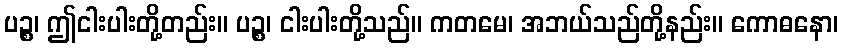
ပဉ္စ၊ ဤငါးပါးတို့တည်း။ ပဉ္စ၊ ငါးပါးတို့သည်။ ကတမေ၊ အဘယ်သည်တို့နည်း။ ကောဓနော၊